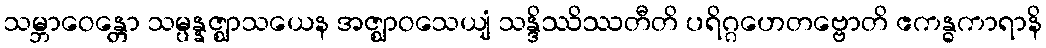
သမ္ဘာဝေန္တော သမ္ပန္နဇ္ဈာသယေန အဇ္ဈာဝသေယျံ သန္ဒိဿိဿတီတိ ပရိဂ္ဂဟေတဗ္ဗောတိ ဧကန္ဓကာရာနိ